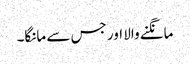
مانگنے والا اور جس سے مانگا۔